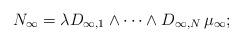
LaTeX: \begin{align*} N_\infty = \lambda D_{\infty,1}\wedge\cdots\wedge D_{\infty,N}\,\mu_\infty;\end{align*}